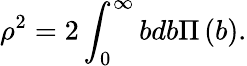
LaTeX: \rho^{2}=2\int_{0}^{\infty}{bdb}\Pi\left(b\right).